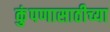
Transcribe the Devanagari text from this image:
कुंपणासाठीच्या